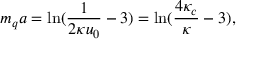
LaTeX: m _ { q } a = \ln ( \frac { 1 } { 2 \kappa u _ { 0 } } - 3 ) = \ln ( \frac { 4 \kappa _ { c } } { \kappa } - 3 ) ,